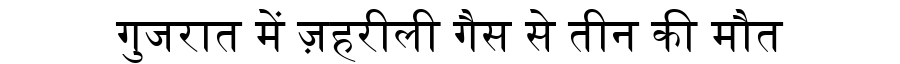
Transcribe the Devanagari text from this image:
गुजरात में ज़हरीली गैस से तीन की मौत